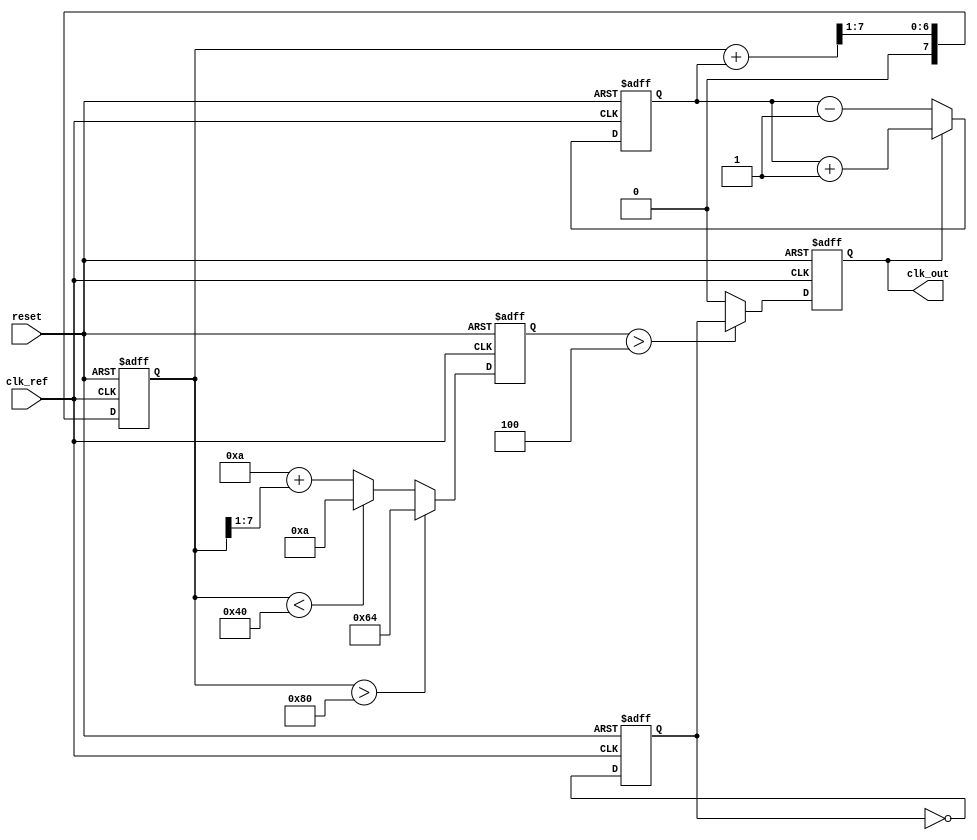
module pll (
    input wire clk_ref,         // Reference clock input
    input wire reset,           // Reset signal
    output reg clk_out          // Output clock
);

// Parameters
parameter DIV_FACTOR = 4;     // Frequency divider factor
parameter VCO_MAX_FREQ = 100; // Maximum frequency of VCO
parameter VCO_MIN_FREQ = 10;  // Minimum frequency of VCO

// Internal signals
reg [7:0] phase_error;        // Phase error signal
reg [7:0] control_voltage;     // Control voltage for VCO
reg [7:0] vco_freq;           // Current frequency of VCO
reg clk_div;                  // Divided clock signal

// Phase Detector (PD)
always @(posedge clk_ref or posedge reset) begin
    if (reset) begin
        phase_error <= 0;
    end else begin
        // Simple phase comparison logic (for demonstration)
        if (clk_out) begin
            phase_error <= phase_error + 1; // Increment error if clk_out is high
        end else begin
            phase_error <= phase_error - 1; // Decrement error if clk_out is low
        end
    end
end

// Loop Filter (LF)
always @(posedge clk_ref or posedge reset) begin
    if (reset) begin
        control_voltage <= 0;
    end else begin
        // Simple proportional control for demonstration
        control_voltage <= control_voltage + phase_error[7:0] >> 1; // Adjust control voltage
    end
end

// Voltage-Controlled Oscillator (VCO)
always @(posedge clk_ref or posedge reset) begin
    if (reset) begin
        vco_freq <= VCO_MIN_FREQ; // Start at minimum frequency
    end else begin
        // Adjust VCO frequency based on control voltage
        if (control_voltage > 128) begin
            vco_freq <= VCO_MAX_FREQ; // Set to max frequency
        end else if (control_voltage < 64) begin
            vco_freq <= VCO_MIN_FREQ; // Set to min frequency
        end else begin
            vco_freq <= VCO_MIN_FREQ + (control_voltage >> 1); // Linear adjustment
        end
    end
end

// Frequency Divider (optional)
always @(posedge clk_ref or posedge reset) begin
    if (reset) begin
        clk_div <= 0;
    end else begin
        clk_div <= ~clk_div; // Toggle divided clock
    end
end

// Output Clock Generation
always @(posedge clk_ref or posedge reset) begin
    if (reset) begin
        clk_out <= 0;
    end else begin
        // Generate output clock based on VCO frequency and divider
        if (vco_freq > DIV_FACTOR) begin
            clk_out <= clk_div; // Output divided clock
        end else begin
            clk_out <= 0; // Output low if frequency is too low
        end
    end
end

endmodule